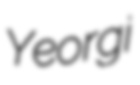
Yeorgi